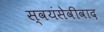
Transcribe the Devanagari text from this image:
स्वयंसेवीवाद